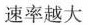
速率越大